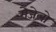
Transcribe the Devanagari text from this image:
मेजेलो